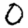
Digit: 0